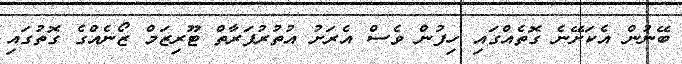
ބޭނުން އެކަށޭނެ ގޮތެއްގައި ހިފުން ވެސް އެރަށު އުތުރުފަރާތް ޓޫރިޒަމް ޒޯނެއްގެ ގޮތުގައި